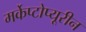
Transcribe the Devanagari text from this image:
मर्केप्टोप्यूरीन